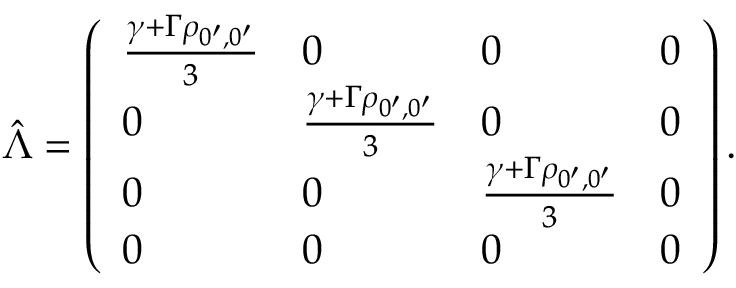
\hat { \Lambda } = \left( \begin{array} { l l l l } { \frac { \gamma + \Gamma \rho _ { 0 ^ { \prime } , 0 ^ { \prime } } } { 3 } } & { 0 } & { 0 } & { 0 } \\ { 0 } & { \frac { \gamma + \Gamma \rho _ { 0 ^ { \prime } , 0 ^ { \prime } } } { 3 } } & { 0 } & { 0 } \\ { 0 } & { 0 } & { \frac { \gamma + \Gamma \rho _ { 0 ^ { \prime } , 0 ^ { \prime } } } { 3 } } & { 0 } \\ { 0 } & { 0 } & { 0 } & { 0 } \end{array} \right) .